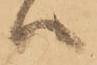
ハ